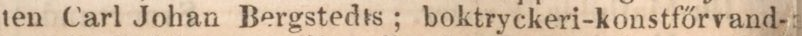
ten Carl Johan Bergstedts; boktryckeri-konstfőrvand-